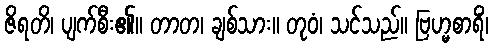
ဇိရတိ၊ ပျက်စီး၏။ တာတ၊ ချစ်သား။ တုဝံ၊ သင်သည်။ ဗြဟ္မစာရိံ၊